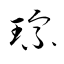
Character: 琮